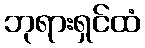
ဘုရားရှင်ထံ